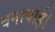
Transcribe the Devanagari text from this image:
बनावाई।